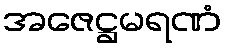
အဇေဋ္ဌမရဏံ